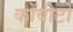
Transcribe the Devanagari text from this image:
कोंवीटो